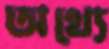
অথ্যে